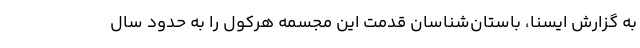
به گزارش ایسنا، باستان‌شناسان قدمت این مجسمه هرکول را به حدود سال